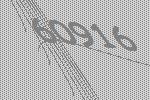
60916